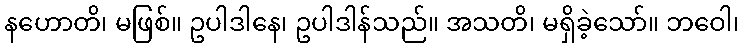
နဟောတိ၊ မဖြစ်။ ဥပါဒါနေ၊ ဥပါဒါန်သည်။ အသတိ၊ မရှိခဲ့သော်။ ဘဝေါ၊